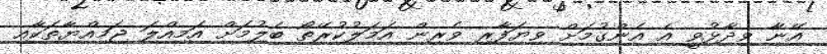
އޭނާ ވިދާޅުވީ އެ އެންގުމަށް ވިޔަފާރި ވެރިން އަމަލުކުރޭތޯ ބެލުމަށް އަމިއްލަ ޖަމިއްޔާތަކާއި